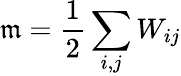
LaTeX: \mathfrak{m}=\frac{{1}}{{2}}\sum_{i,j}W_{ij}